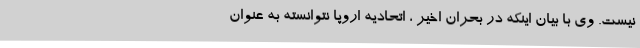
نیست. وی با بیان اینکه در بحران اخیر ، اتحادیه اروپا نتوانسته به عنوان